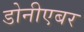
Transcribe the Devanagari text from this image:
डोनीएबर